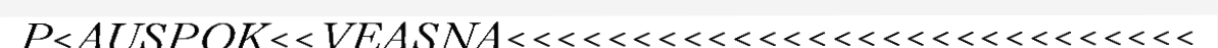
P<AUSPOK<<VEASNA<<<<<<<<<<<<<<<<<<<<<<<<<<<<